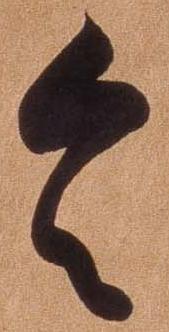
令